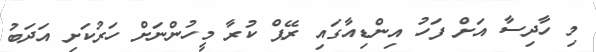
މި ހާދިސާ އަށް ފަހު އިންޑިއާގައި ރޭޕް ކުރާ މީހުންނަށް ހަރުކަށި އަދަބު